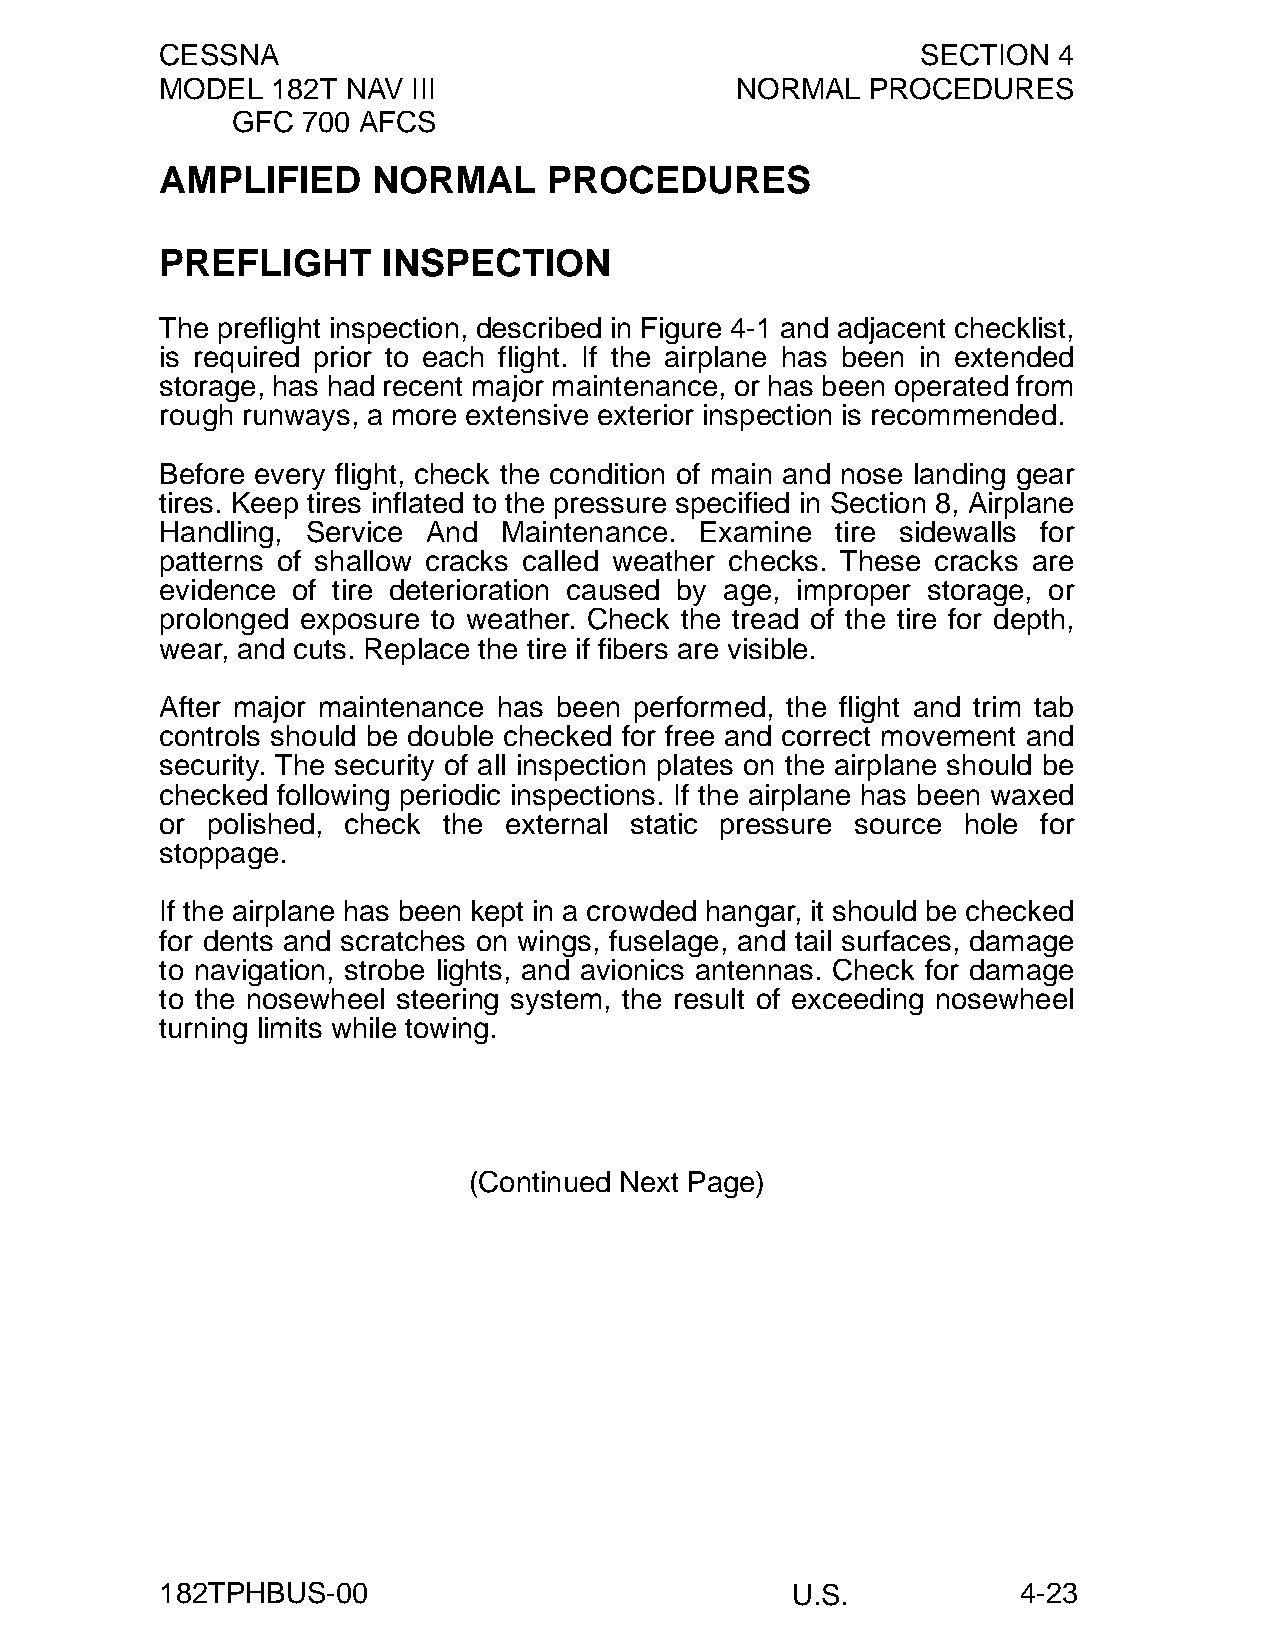
CESSNA                                            SECTION  4
 MODEL  182T NAV III                   NORMAL   PROCEDURES
 GFC  700 AFCS
 AMPLIFIED     NORMAL     PROCEDURES
 PREFLIGHT     INSPECTION
 The preflight inspection, described in Figure 4-1 and adjacent checklist,
 is required prior to each flight. If the airplane has been in extended
 storage, has had recent major maintenance, or has been operated from
 rough runways, a more extensive exterior inspection is recommended.
 Before every flight, check the condition of main and nose landing gear
 tires. Keep tires inflated to the pressure specified in Section 8, Airplane
 Handling, Service And Maintenance. Examine  tire sidewalls for
 patterns of shallow cracks called weather checks. These cracks are
 evidence of tire deterioration caused by age, improper storage, or
 prolonged exposure to weather. Check the tread of the tire for depth,
 wear, and cuts. Replace the tire if fibers are visible.
 After major maintenance has been performed, the flight and trim tab
 controls should be double checked for free and correct movement and
 security. The security of all inspection plates on the airplane should be
 checked following periodic inspections. If the airplane has been waxed
 or polished, check the external static pressure source hole for
 stoppage.
 If the airplane has been kept in a crowded hangar, it should be checked
 for dents and scratches on wings, fuselage, and tail surfaces, damage
 to navigation, strobe lights, and avionics antennas. Check for damage
 to the nosewheel steering system, the result of exceeding nosewheel
 turning limits while towing.
 (Continued Next Page)
 182TPHBUS-00                             U.S.            4-23